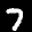
Label: 7